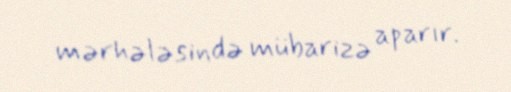
mərhələsində mübarizə aparır.